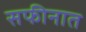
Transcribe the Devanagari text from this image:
सफीनात